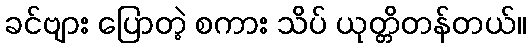
ခင်ဗျား ပြောတဲ့ စကား သိပ် ယုတ္တိတန်တယ်။